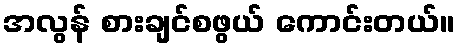
အလွန် စားချင်စဖွယ် ကောင်းတယ်။